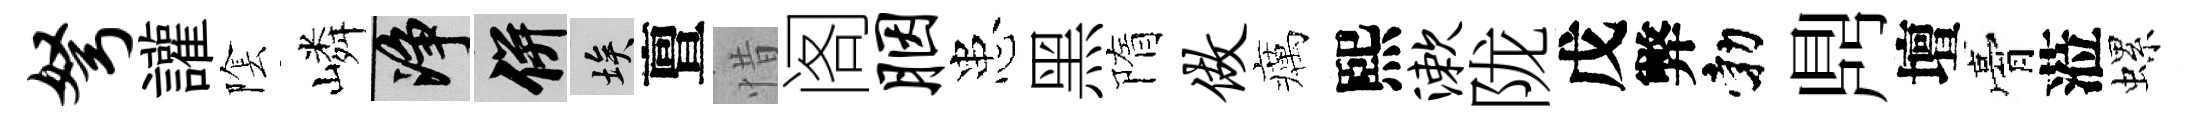
弩讙隂嶙净并埃亶惜阁胭患黑隋做癘熙漱陇戊弊勃𪔂壇膏蒞螺